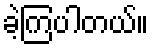
ခဲ့ကြပါတယ်။